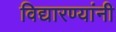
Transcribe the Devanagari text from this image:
विद्यारण्यांनी